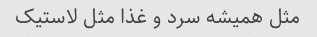
مثل همیشه سرد و غذا مثل لاستیک